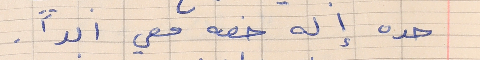
حده إله خصه معي ابداً .